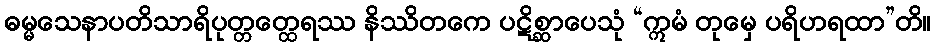
ဓမ္မသေနာပတိသာရိပုတ္တတ္ထေရဿ နိဿိတကေ ပဋိစ္ဆာပေသုံ “ဣမံ တုမှေ ပရိဟရထာ”တိ။